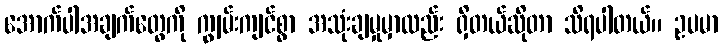
အောက်ပါအချက်တွေကို ကျွမ်းကျင်စွာ အသုံးချမှုမှာလည်း ရှိတယ်ဆိုတာ သိရပါတယ်။ ဥပမာ